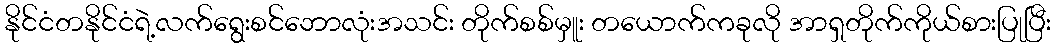
နိုင်ငံတနိုင်ငံရဲ့လက်ရွေးစင်ဘောလုံးအသင်း တိုက်စစ်မှူး တယောက်ကခုလို အာရှတိုက်ကိုယ်စားပြုပြီး